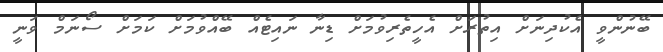
ބޭނުންވީ އެކުދިނަށް އިތުރަށް އެހީތެރިވުމަށް ޑިނާ ނައިޓެއް ބޭއްވުމަށް ކަމަށް ސޯނަމް ވަނީ